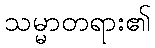
သမ္မာတရား၏